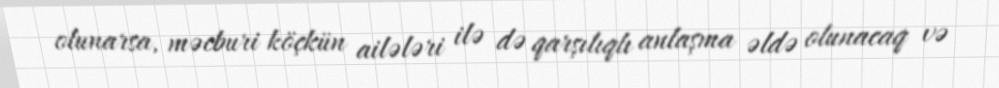
olunarsa, məcburi köçkün ailələri ilə də qarşılıqlı anlaşma əldə olunacaq və